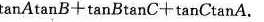
tanAtanB+tanBtanC+tanCtanA$$。